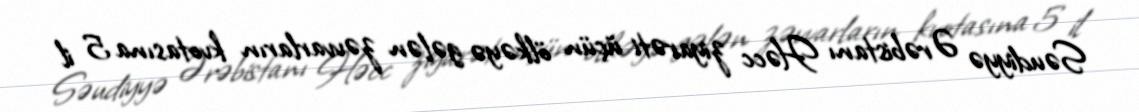
Səudiyyə Ərəbistanı Həcc ziyarəti üçün ölkəyə gələn zəvvarların kvotasına 5 il